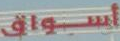
أسواق